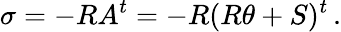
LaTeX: \sigma=-RA^{t}=-R(R\theta+S)^{t}\, .